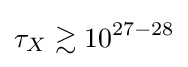
\tau _{X}\gtrsim 10^{27-28}